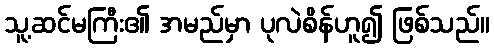
သူ့ဆင်မကြီး၏ အမည်မှာ ပုလဲစိန်ဟူ၍ ဖြစ်သည်။